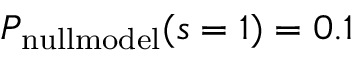
P _ { \mathrm { n u l l m o d e l } } ( s = 1 ) = 0 . 1